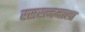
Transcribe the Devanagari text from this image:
रसरत्नमाला